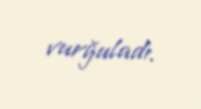
vurğuladı.